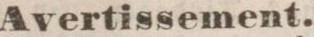
Avertissement.